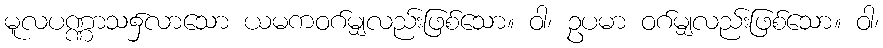
မူလပဏ္ဏာသ၌လာသော ယမကဝဂ်မျှလည်းဖြစ်သော။ ဝါ၊ ဥပမာ ဝဂ်မျှလည်းဖြစ်သော။ ဝါ၊